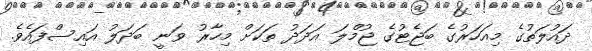
ދައުލަތުގެ މިއަހަރުގެ ބަޖެޓުގެ ޖުމްލަ އަދަދު ތަކަށް މިހާރު ވަނީ ބަދަލު އައިސްފައެވެ.